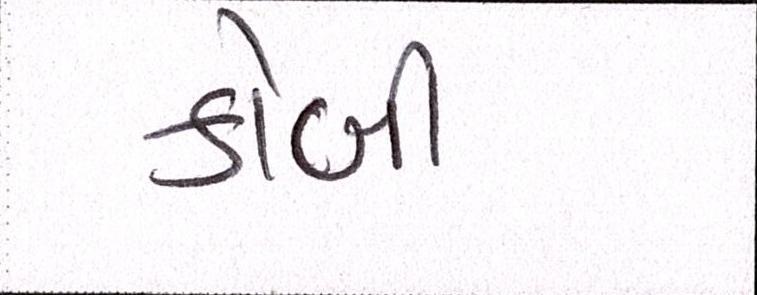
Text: કોબી